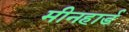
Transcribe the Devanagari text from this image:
मीनहार्ड